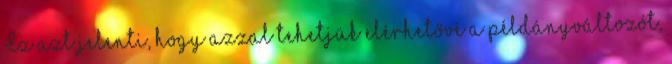
Ez azt jelenti, hogy azzal tehetjük elérhetővé a példányváltozót,